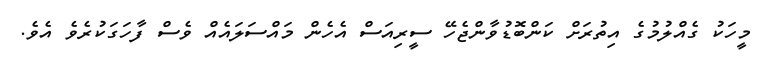
މީހަކު ގެއްލުމުގެ އިތުރަށް ކަންބޮޑުވާންޖެހޭ ސީރިއަސް އެހެން މައްސަލައެއް ވެސް ފާހަގަކުރެވެ އެވެ.